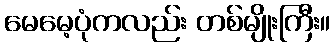
မေမေ့ပုံကလည်း တစ်မျိုးကြီး။